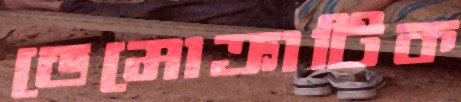
ডেমোক্রাটিক